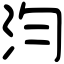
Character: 汮